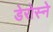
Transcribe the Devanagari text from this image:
डेरोस्ने